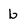
Character: b